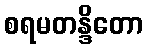
စရမတန္ဒိတော